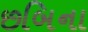
છબિના